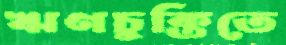
ঋণচুক্তিতে